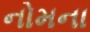
નોમના